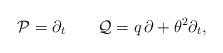
LaTeX: \begin{align*}{\cal P}=\partial_t\qquad {\cal Q}=q\,\partial+\theta^2\partial_t,\end{align*}